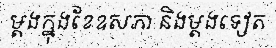
ម្តងក្នុងខែឧសភា និងម្តងទៀត